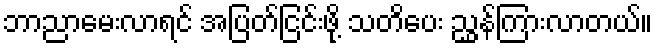
ဘာညာမေးလာရင် အပြတ်ငြင်းဖို့ သတိပေး ညွှန်ကြားလာတယ်။